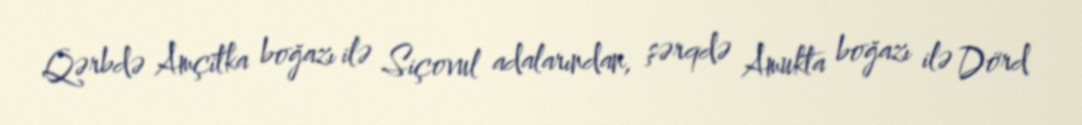
Qərbdə Amçitka boğazı ilə Siçovul adalarından, şərqdə Amukta boğazı ilə Dörd